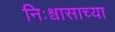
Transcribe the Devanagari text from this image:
निःश्वासाच्या